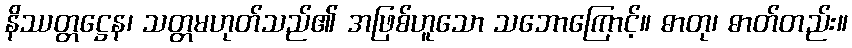
နိဿတ္တဋ္ဌေန၊ သတ္တမဟုတ်သည်၏ အဖြစ်ဟူသော သဘောကြောင့်။ ဓာတု၊ ဓာတ်တည်း။